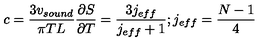
c = \frac { 3 v _ { s o u n d } } { \pi T L } \frac { \partial S } { \partial T } = \frac { 3 j _ { e f f } } { j _ { e f f } + 1 } ; j _ { e f f } = \frac { N - 1 } { 4 }